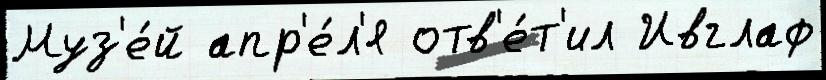
Муз'е́й апр'е́л'я отв'е́т'ил Ивглаф